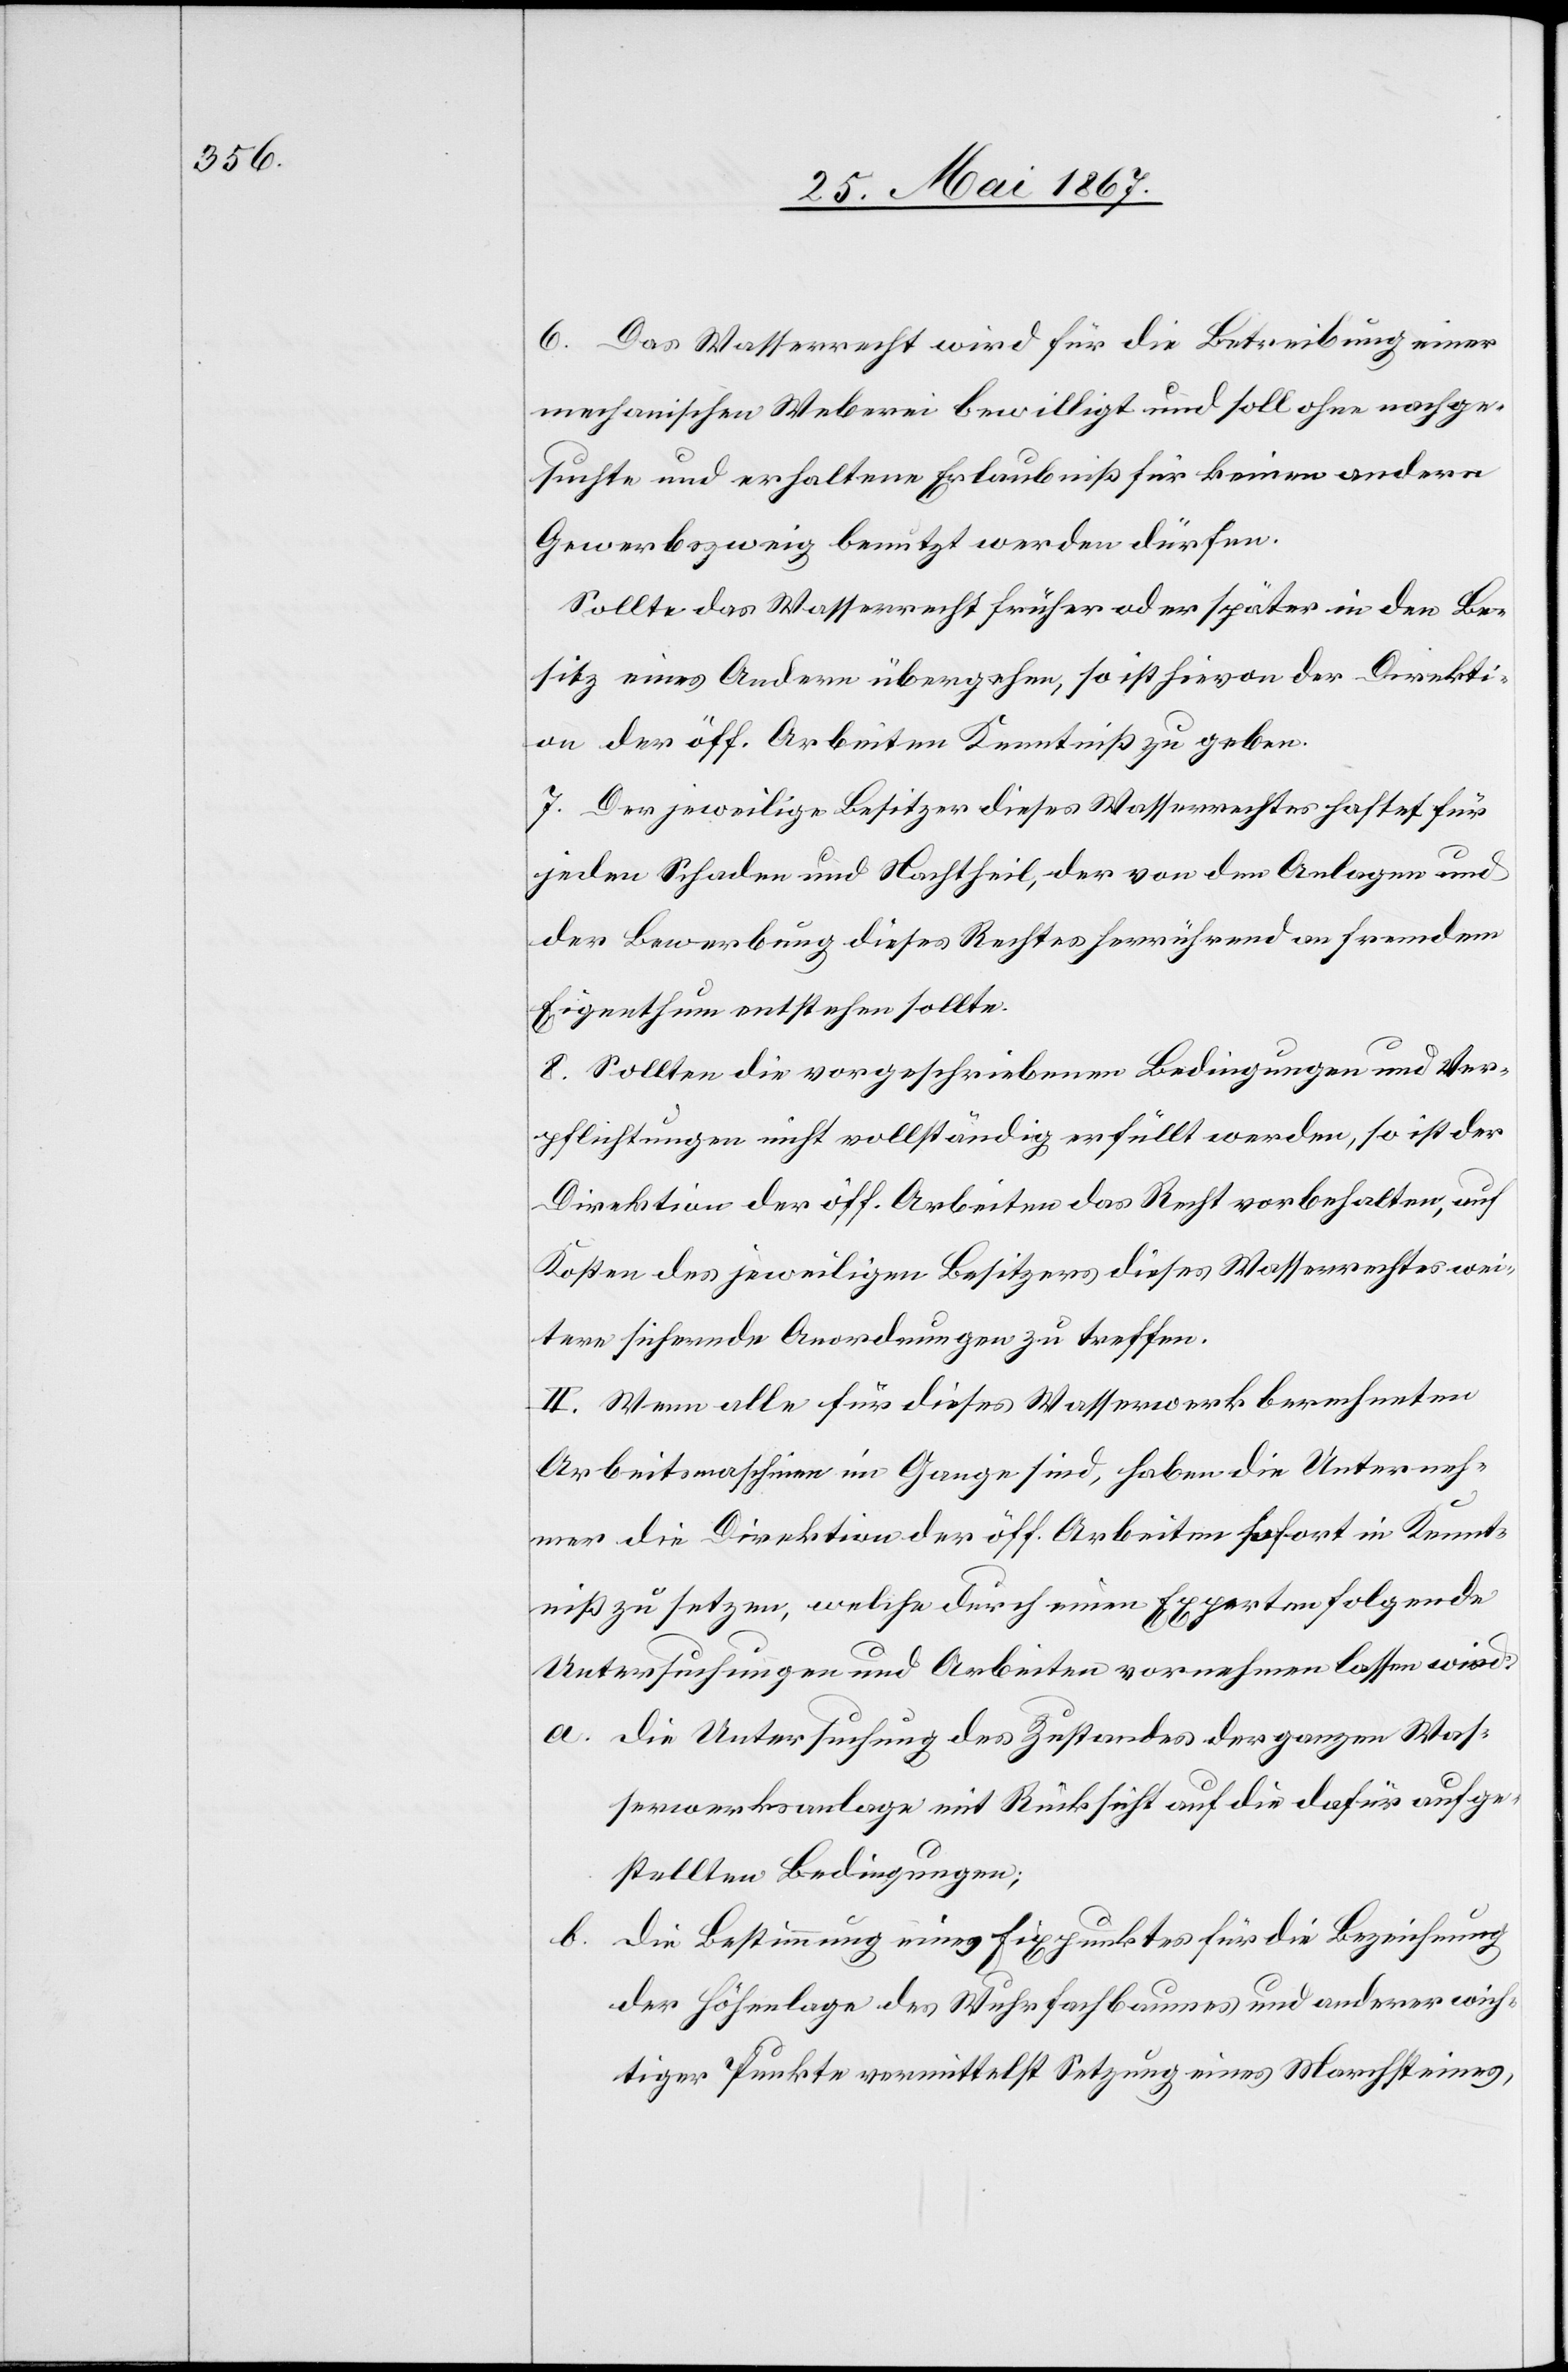
6. Das Wasserrecht wird für die Betreibung einer
mechanischen Weberei bewilligt und soll ohne nachge¬
suchte und erhaltene Erlaubniß für keinen andern
Gewerbszweig benutzt werden dürfen.
Sollte das Wasserrecht früher oder später in den Be¬
sitz eines Andern übergehen so ist hievon der Direkti¬
on der öff. Arbeiten Kenntniß zu geben.
7. Der jeweilige Besitzer dieses Wasserrechtes haftet für
jeden Schaden und Nachtheil, der von den Anlagen und
der Bewerbung dieses Rechtes herrührend an fremdem
Eigenthum entstehen sollte.
8. Sollten die vorgeschriebenen Bedingungen und Ver¬
pflichtungen nicht vollständig erfüllt werden, so ist der
Direktion der öff. Arbeiten das Recht vorbehalten, auf
Kosten des jeweiligen Besitzers dieses Wasserrechtes wei¬
tere sichernde Anordnungen zu treffen.
II. Wenn alle für dieses Wasserwerk berechneten
Arbeitsmaschinen im Gange sind, haben die Unterneh¬
mer die Direktion der öff. Arbeiten sofort in Kennt¬
niß zu setzen, welche durch einen Experten folgende
Untersuchungen und Arbeiten vornehmen lassen wird:
a. 	die Untersuchung des Zustandes der ganzen Was¬
serwerksanlage mit Rücksicht auf die dafür aufge¬
stellten Bedingungen;
b.	die Bestimmung eines Fixpunktes für die Bezeichnung
der Höhenlage des Wuhrfachbaumes und anderer wich¬
tiger Punkte vermittelst Setzung eines Marchsteines,